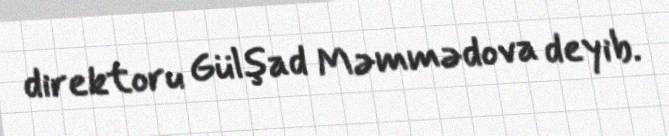
direktoru Gülşad Məmmədova deyib.